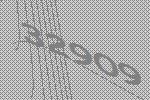
32909